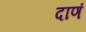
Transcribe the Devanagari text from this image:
दाणं